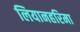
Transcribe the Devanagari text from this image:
लियानहरिमा